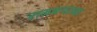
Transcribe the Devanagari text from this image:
रामनगरच्या